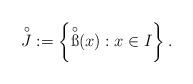
LaTeX: \begin{align*}\overset{\circ}{J}:=\left\{\overset{\circ}{\ss}(x):x\in I\right\}.\end{align*}